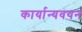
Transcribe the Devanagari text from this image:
कार्यान्यवयन